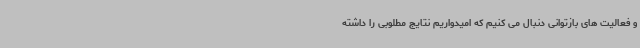
و فعالیت های بازتوانی دنبال می کنیم که امیدواریم نتایج مطلوبی را داشته